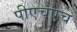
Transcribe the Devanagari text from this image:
पीएचएच